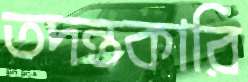
তদন্তকারি